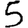
Digit: 5